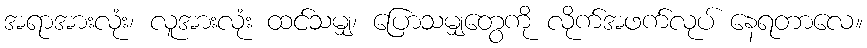
အရာအားလုံး၊ လူအားလုံး ထင်သမျှ၊ ပြောသမျှတွေကို လိုက်အဖက်လုပ် နေရတာလေ။